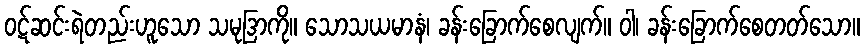
ဝဋ်ဆင်းရဲတည်းဟူသော သမုဒြာကို။ သောသယမာနံ၊ ခန်းခြောက်စေလျက်။ ဝါ၊ ခန်းခြောက်စေတတ်သော။